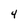
Character: 4